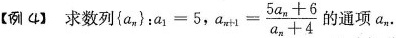
【例4】求数列$$\left\{ a_{n}\right\}:a_{1}=5$$， $$a_{n+1}= \frac{5a_{n}+6}{a_{n}+4}$$的通项a_{n}.